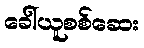
ခေါ်ယူစစ်ဆေး